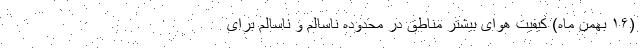
(۱۶ بهمن ماه) کیفیت هوای بیشتر مناطق در محدوده ناسالم و ناسالم برای